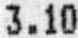
3.10